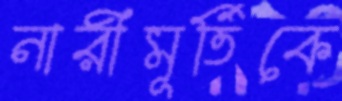
নারীমূর্তিকে